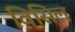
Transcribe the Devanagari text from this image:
विसिल